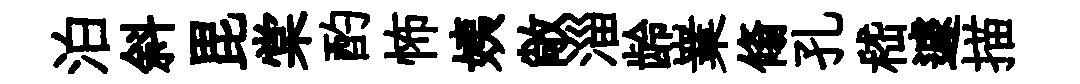
泊斜毘棠酌怖姨敞淄龄嶪翛孔嵇遽描